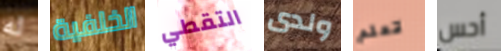
له الخلفية التقطي ولدى تعلم أحس